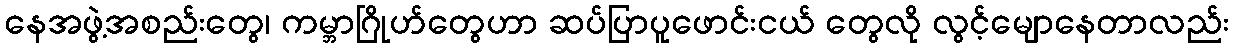
နေအဖွဲ့အစည်းတွေ၊ ကမ္ဘာဂြိုဟ်တွေဟာ ဆပ်ပြာပူဖောင်းငယ် တွေလို လွင့်မျောနေတာလည်း